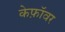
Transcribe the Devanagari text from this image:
केफ़ॉवर